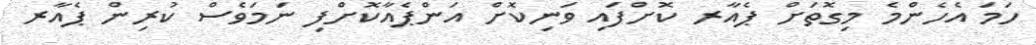
ހަމަ އެހެންމެ މިގޮތަށް ޕެއާރ ކޮށްފައި ވަނިކޮށް އަންޕެއާކޮށްފި ނަމަވެސް ކުރިން ޕެއާރ